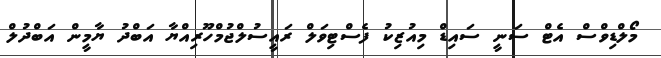
މޯލްޑިވްސް އެޓް ސަނީ ސައިޑް މިއުޒިކު ފެސްޓިވަލް ރައީސުލްޖުމްހޫރިއްޔާ އަބްދު ޔާމީން އަބްދުލް